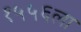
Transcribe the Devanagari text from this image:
१५५६ला